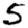
Digit: 5